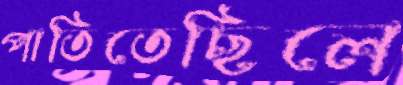
পাতিতেছিলে